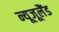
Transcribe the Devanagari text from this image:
न्यूजूलैंड